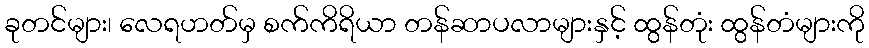
ခုတင်များ၊ လေရဟတ်မှ စက်ကိရိယာ တန်ဆာပလာများနှင့် ထွန်တုံး ထွန်တံများကို